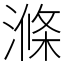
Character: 滌